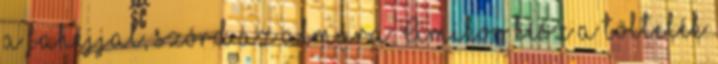
a fahéjjal, szórd az almára. Amikor kész a töltelék